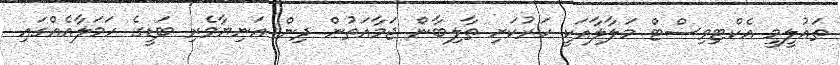
ތައުލީމީ އެކްޓިވިސްޓް މަލާލާއަކީ ހަރުކަށި ތާލިބާން ޖަމާއަތުން ދިން އަނިޔާވެރި ބަޑީގެ ހަމަލާއެއްގައި